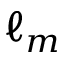
\ell _ { m }